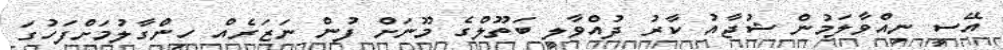
އޭސީ ނިއްވާލަމުން ޝުޖާއު ކާރު ދުއްވާލީ ބަތޫލްގެ މޫނަށް ފުން ނަޒަރެއް ހިންގާލުމަށްފަހުގަ